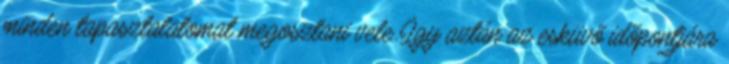
minden tapasztalatomat megosztani vele. Így aztán az esküvő időpontjára